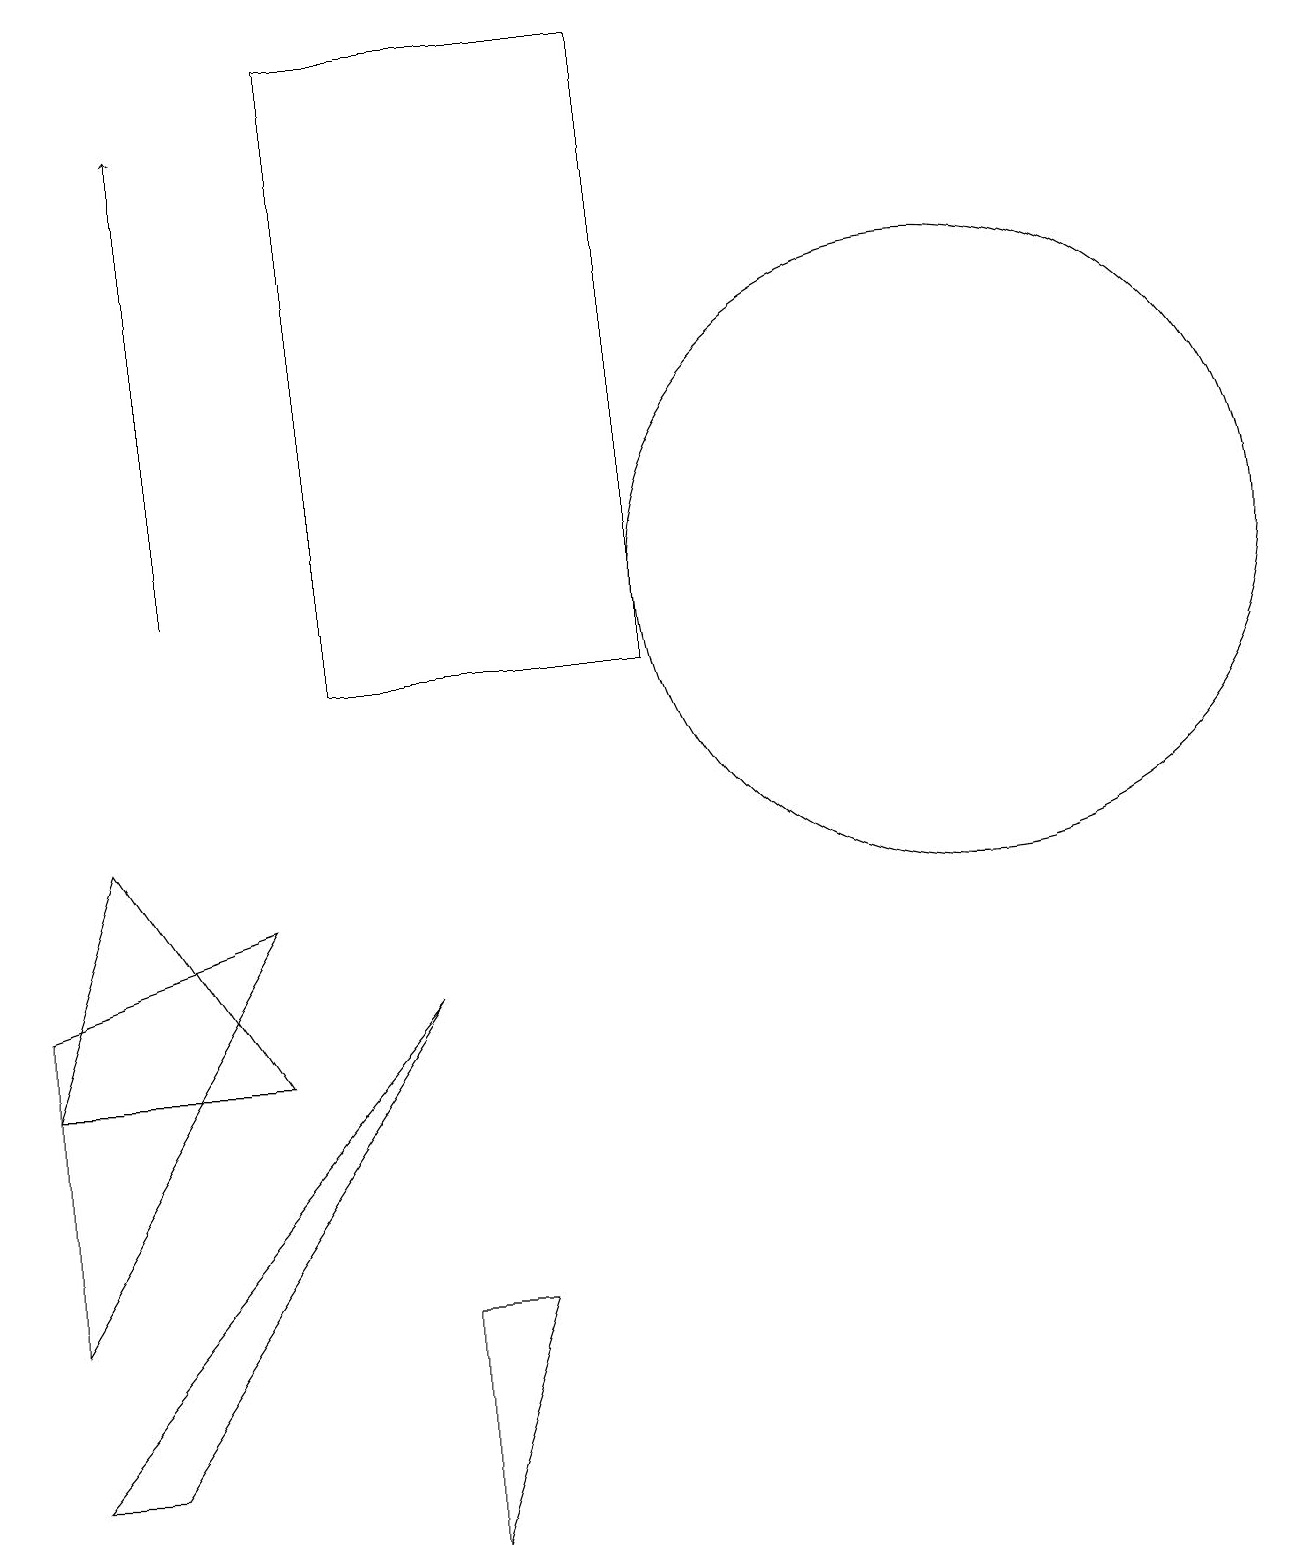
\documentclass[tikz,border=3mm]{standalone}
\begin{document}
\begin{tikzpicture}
\draw (6,3) -- (5,0) -- (5,3) -- cycle;
\draw (8,11) rectangle (4,19);
\draw (12,12) circle (4);
\draw (0,1) -- (5,7) -- (1,1) -- cycle;
\draw (3,6) -- (1,9) -- (0,6) -- cycle;
\draw[->] (2,12) -- (2,18);
\draw (0,3) -- (3,8) -- (0,7) -- cycle;
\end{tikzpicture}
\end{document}